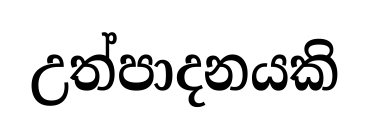
උත්පාදනයකි